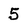
Character: 5